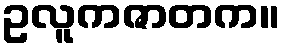
ဥလူကဇာတက။